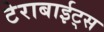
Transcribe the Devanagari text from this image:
टेराबाईट्स